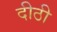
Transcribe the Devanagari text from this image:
दीठी